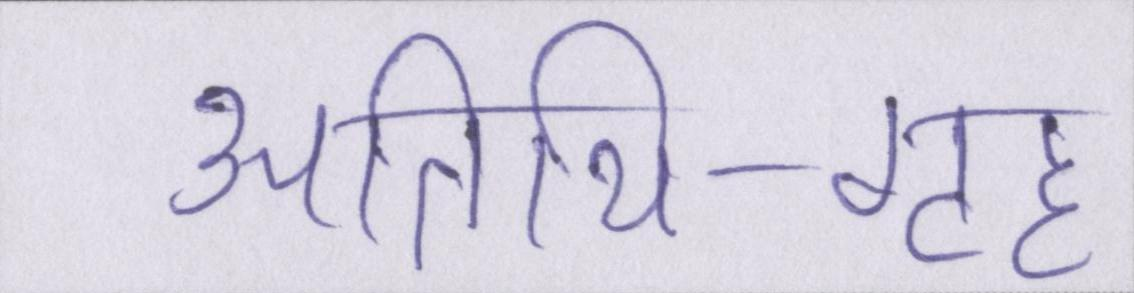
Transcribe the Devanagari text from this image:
अतिथि-गृह